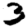
Digit: 3